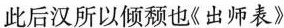
此后汉所以倾颓也《出师表》